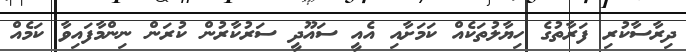
ދިރާސާކުރި ފަރާތުގެ ހިޔާލުތަކެއް ކަމަށާއި އެއީ ސައޫދީ ސަރުކާރުން ކުރަން ނިންމާފައިވާ ކަމެއް